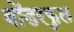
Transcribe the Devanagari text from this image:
वोंडरफुल